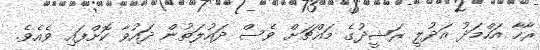
ރާހާ އަހްމަދު އަދުލީ ރަޝީދުގެ މައްޗަށް ވެސް ދައުލަތުން ދައުވާ ކޮށްފައި ވެއެވެ.